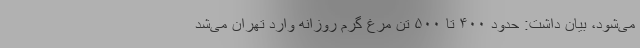
می‌شود، بیان داشت: حدود ۴۰۰ تا ۵۰۰ تن مرغ گرم روزانه وارد تهران می‌شد